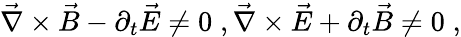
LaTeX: \vec{\nabla}\times\vec{B}-\partial_{t}\vec{E}\neq 0\; ,\vec{\nabla}\times\vec{E}+\partial_{t}\vec{B}\neq 0\; ,